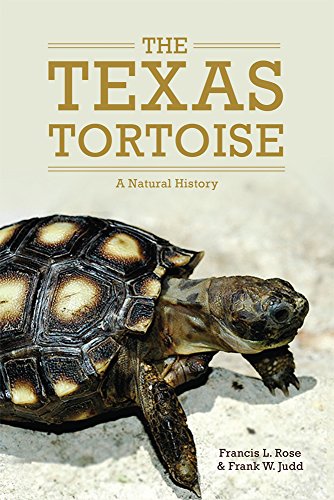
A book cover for The Texas Tortoise: A Natural History (Animal Natural History Series); Francis L. Rose Ph.D.; Crafts, Hobbies & Home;